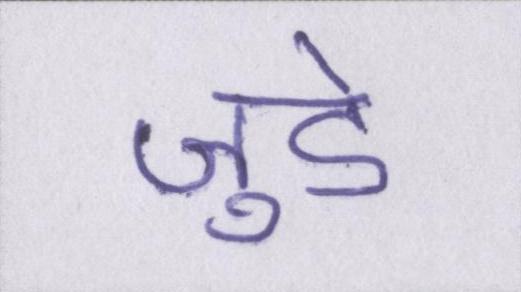
जुडे